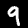
Digit: 9